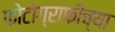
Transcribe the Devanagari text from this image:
फोटोग्राफीच्या